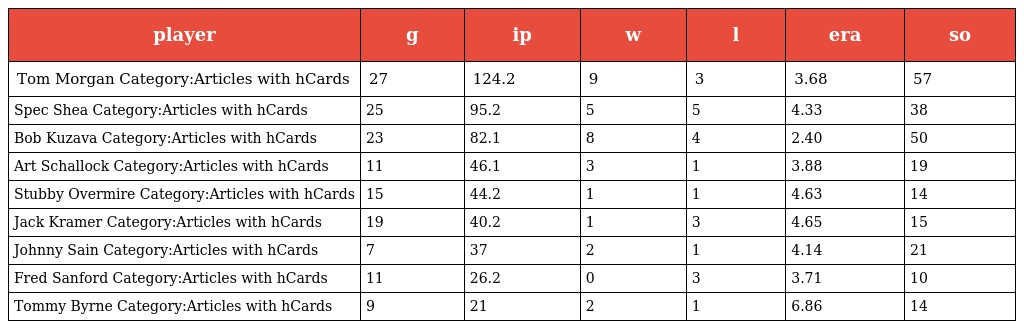
| player | g | ip | w | l | era | so |
 | --- | --- | --- | --- | --- | --- | --- |
 | Tom Morgan Category:Articles with hCards | 27 | 124.2 | 9 | 3 | 3.68 | 57 |
 | Spec Shea Category:Articles with hCards | 25 | 95.2 | 5 | 5 | 4.33 | 38 |
 | Bob Kuzava Category:Articles with hCards | 23 | 82.1 | 8 | 4 | 2.40 | 50 |
 | Art Schallock Category:Articles with hCards | 11 | 46.1 | 3 | 1 | 3.88 | 19 |
 | Stubby Overmire Category:Articles with hCards | 15 | 44.2 | 1 | 1 | 4.63 | 14 |
 | Jack Kramer Category:Articles with hCards | 19 | 40.2 | 1 | 3 | 4.65 | 15 |
 | Johnny Sain Category:Articles with hCards | 7 | 37 | 2 | 1 | 4.14 | 21 |
 | Fred Sanford Category:Articles with hCards | 11 | 26.2 | 0 | 3 | 3.71 | 10 |
 | Tommy Byrne Category:Articles with hCards | 9 | 21 | 2 | 1 | 6.86 | 14 |